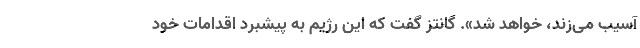
آسیب می‌زند، خواهد شد». گانتز گفت که این رژیم به پیشبرد اقدامات خود